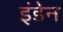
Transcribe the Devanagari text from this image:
इंडेन